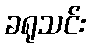
ခရုသင်း